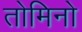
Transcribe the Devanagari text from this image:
तोमिनो